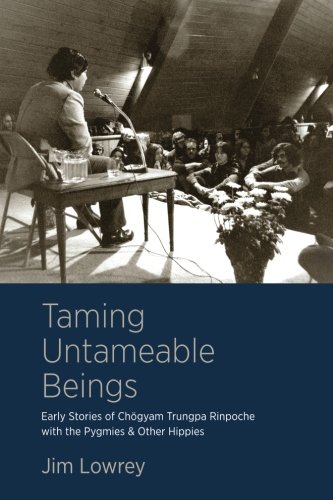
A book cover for Taming Untameable Beings: Early Stories of Chogyam Trungpa Rinpoche with the Pygmies and Other Hippies; Jim Lowrey; History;